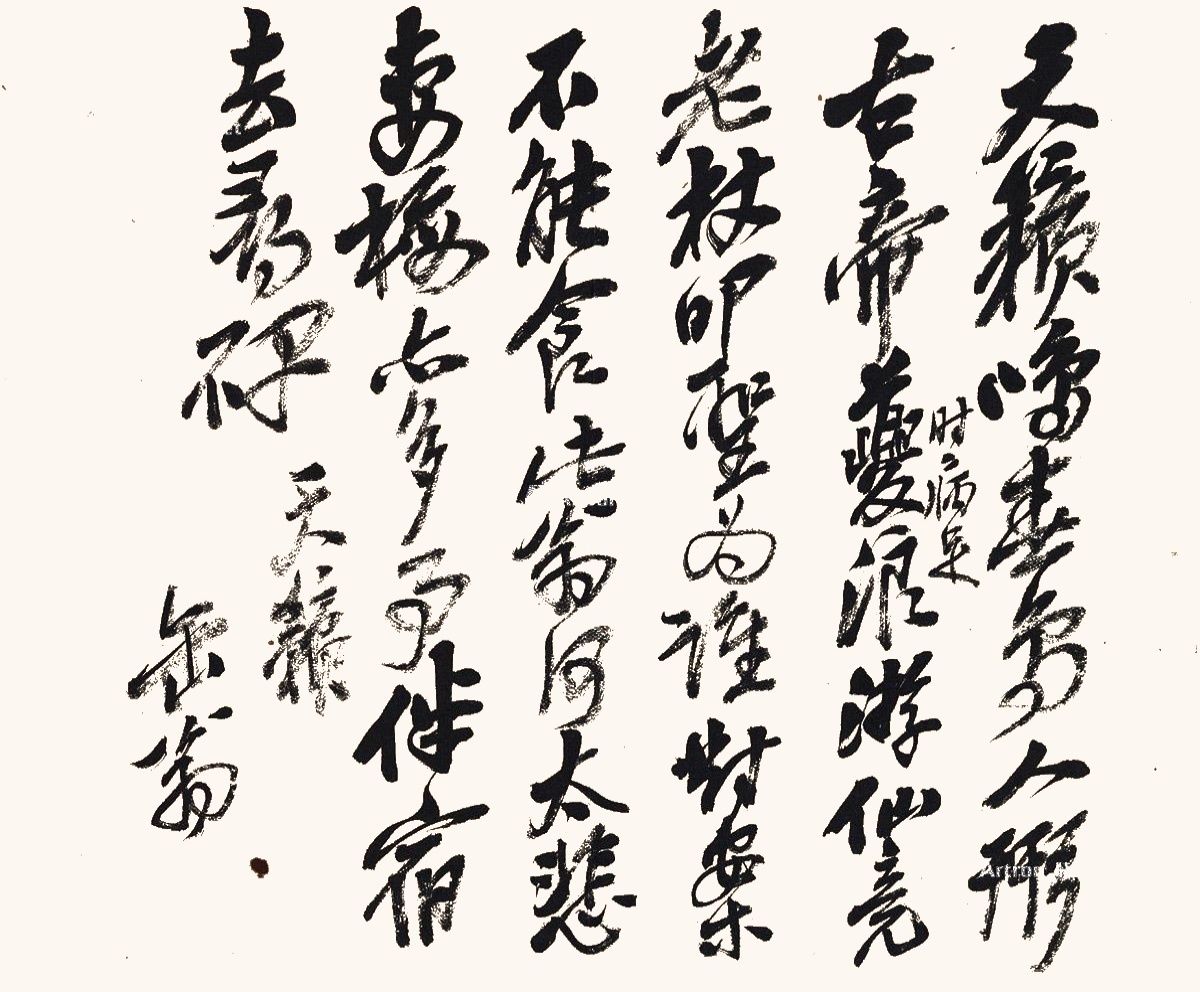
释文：天籁鸣春鸟，人形古帝夔（时病足）。浪游仙竟老，杖叩圣为谁。对案不能食，此翁何太悲。妻梅亦多事，伴宿去寻碑。天籁。缶翁。